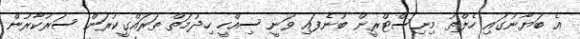
އެ ބަޔާނުގައި ހެލްތު މިނިސްޓްރީން ބުނެފައި ވަނީ ސިއްހީ ހިދުމަތް ތަރައްގީކުރަން ސަރުކާރުން